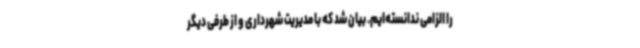
را الزامی ندانسته‌ایم. بیان شد که با مدیریت شهرداری و از طرفی دیگر